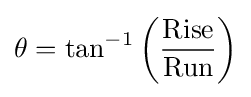
\theta =\tan ^{-1}{\bigg (}{\frac {\text{Rise}}{\text{Run}}}{\bigg )}